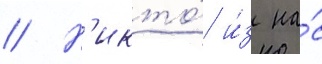
// Н'икто́ и́з на́с